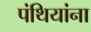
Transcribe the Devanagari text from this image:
पंथियांना